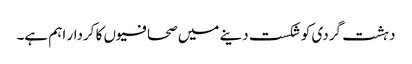
دہشت گردی کو شکست دینے میں صحافیوں کا کردار اہم ہے۔